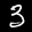
Label: 3